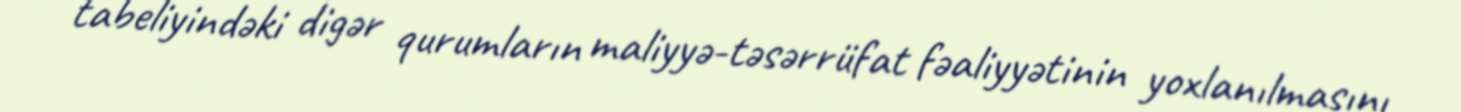
tabeliyindəki digər qurumların maliyyə-təsərrüfat fəaliyyətinin yoxlanılmasını